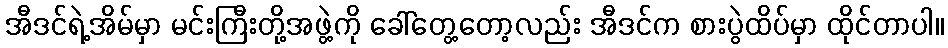
အီဒင်ရဲ့အိမ်မှာ မင်းကြီးတို့အဖွဲ့ကို ခေါ်တွေ့တော့လည်း အီဒင်က စားပွဲထိပ်မှာ ထိုင်တာပါ။